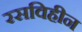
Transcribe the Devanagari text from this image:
रसविहीन